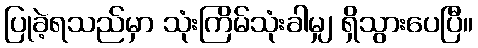
ပြုခဲ့ရသည်မှာ သုံးကြိမ်သုံးခါမျှ ရှိသွားပေပြီ။